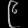
Digit: ၉